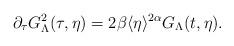
LaTeX: \begin{align*}\partial_\tau G_{\Lambda}^2(\tau, \eta)= 2\beta \langle \eta\rangle^{2\alpha} G_\Lambda(t,\eta) .\end{align*}